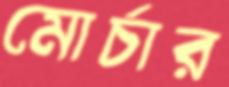
মোর্চার